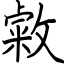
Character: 敹